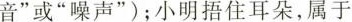
音”或”噪声”)；小明捂住耳朵，属于